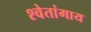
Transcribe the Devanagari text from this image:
श्वेतांगाय